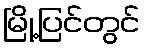
မြို့ပြင်တွင်